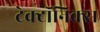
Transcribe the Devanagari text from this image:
टेक्टॉनिक्स